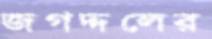
জগদ্দলের